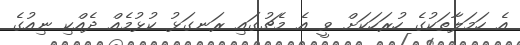
އެ ހަމަލާތަކުގެ ހުރަހަކަށް ވީ އެ މެޗުގައި ރަނގަޅު ކުޅުމެއް ދެއްކި ނިއުގެ